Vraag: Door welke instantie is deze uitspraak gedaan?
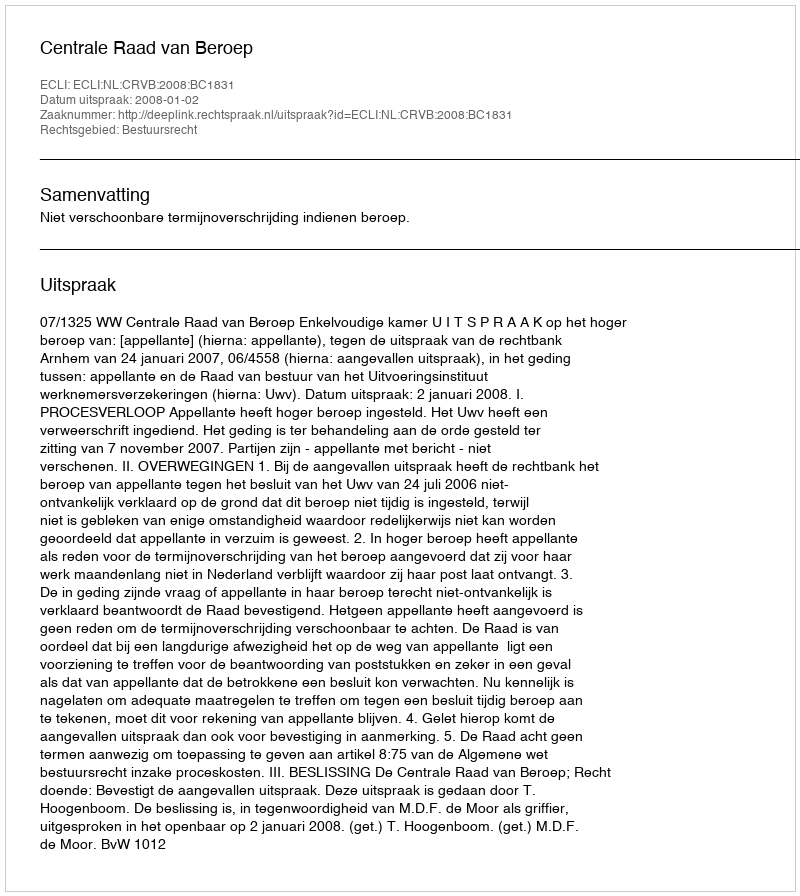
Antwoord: Centrale Raad van Beroep